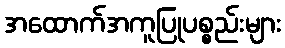
အထောက်အကူပြုပစ္စည်းများ